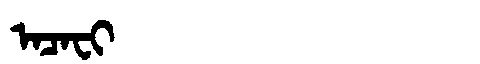
Manchu: ᠠᠴᠠᠸᡳ
Romanization: ACAFI